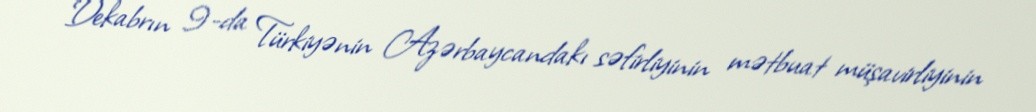
“Dekabrın 9-da Türkiyənin Azərbaycandakı səfirliyinin mətbuat müşavirliyinin